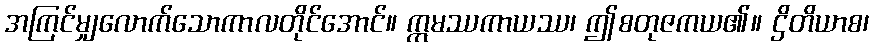
အကြင်မျှလောက်သောကာလတိုင်အောင်။ ဣမဿကာယဿ၊ ဤစတုဇကယ၏။ ဌိတိယာစ၊